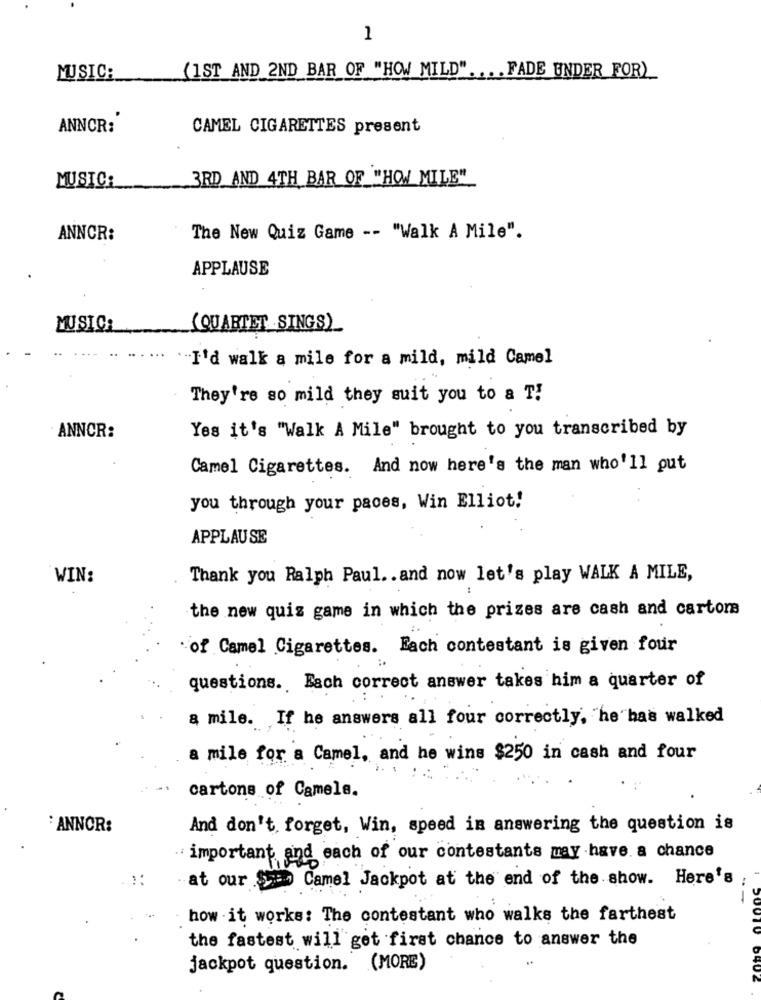
1
MUSIC:
(1ST AND 2ND BAR OF "HOW MILD" ... . FADE UNDER FOR)
ANNCR:
CAMEL CIGARETTES present
3RD AND 4TH BAR OF "HOW/ MILE"
MUSIC:
ANNCR:
The New Quiz Game -- "Walk A Mile".
APPLAUSE
MUSIC:
(QUARTET SINGS)
"I'd walk a mile for a mild, mild Camel
They're so mild they suit you to a T!
Yes it's "Walk A Mile" brought to you transcribed by
ANNCR:
Camel Cigarettes. And now here's the man who'll out
you through your paces, Win Elliot!
APPLAU SE
WIN:
Thank you Ralph Paul .. and now let's play WALK A MILE,
the new quiz game in which the prizes are cash and cartom
"of Camel Cigarettes. Each contestant is given four
questions. Bach correct answer takes him a quarter of
a mile. If he answers all four correctly, "he has walked
a mile for a Camel, and he wins $250 in cash and four
cartons of Camele.
: ANNOR:
And don't forget, Win, speed in answering the question is
important and each of our contestants may have a chance
::
at our $= Camel Jackpot at the end of the show. Here's
how it works: The contestant who walks the farthest
the fastest will get first chance to answer the
jackpot question. (MORE)